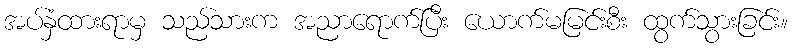
အပ်နှံထားရာမှ သည်သားက အညာရောက်ပြီး ယောက်မမြင်းစီး ထွက်သွားခြင်း။